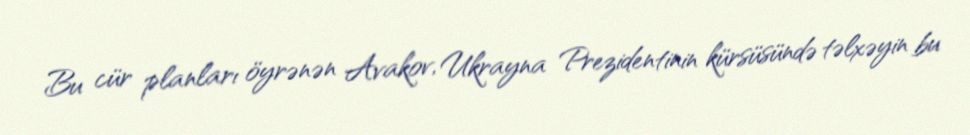
Bu cür planları öyrənən Avakov, Ukrayna Prezidentinin kürsüsündə təlxəyin bu